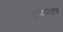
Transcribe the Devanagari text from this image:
मनुष्यसेवाच